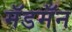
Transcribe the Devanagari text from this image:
मॅडमॅन